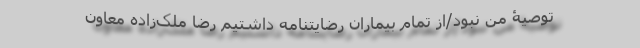
توصیۀ من نبود/از تمام بیماران رضایتنامه داشتیم رضا ملک‌‌زاده معاون